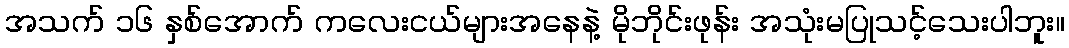
အသက် ၁၆ နှစ်အောက် ကလေးငယ်များအနေနဲ့ မိုဘိုင်းဖုန်း အသုံးမပြုသင့်သေးပါဘူး။